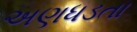
અણધડતા